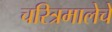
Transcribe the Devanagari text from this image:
चरित्रमालेचे